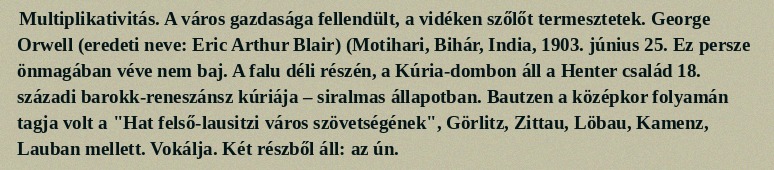
Multiplikativitás. A város gazdasága fellendült, a vidéken szőlőt termesztetek. George Orwell (eredeti neve: Eric Arthur Blair) (Motihari, Bihár, India, 1903. június 25. Ez persze önmagában véve nem baj. A falu déli részén, a Kúria-dombon áll a Henter család 18. századi barokk-reneszánsz kúriája – siralmas állapotban. Bautzen a középkor folyamán tagja volt a "Hat felső-lausitzi város szövetségének", Görlitz, Zittau, Löbau, Kamenz, Lauban mellett. Vokálja. Két részből áll: az ún.